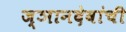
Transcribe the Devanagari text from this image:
ज्ञानदेवांची